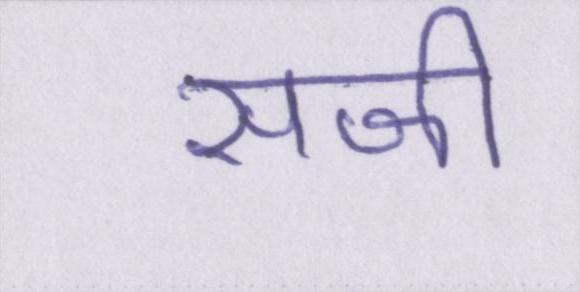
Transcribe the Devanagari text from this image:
सजी